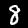
Label: 8